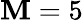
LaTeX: \mathbf{M}=5